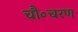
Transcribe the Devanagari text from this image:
चौ॰चरण